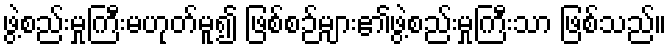
ဖွဲ့စည်းမှုကြီးမဟုတ်မူ၍ ဖြစ်စဉ်များ၏ဖွဲ့စည်းမှုကြီးသာ ဖြစ်သည်။